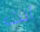
أنت